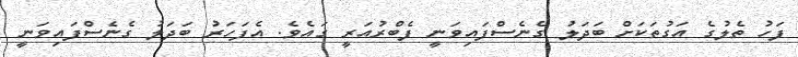
ފަހު ތެލުގެ އަގުތަކަށް ބަދަލު ގެނެސްފައިވަނީ ފެބްރުއަރީ ގައެވެ. އެފަހަރު ބަދަލު ގެނެސްފައިވަނީ